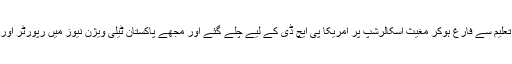
وقت کا دھارا بہتا رہا،یونیورسٹی کی تعلیم سے فارغ ہوکر مغیث اسکالرشپ پر امریکا پی ایچ ڈی کے لیے چلے گئے اور مجھے پاکستان ٹیلی ویژن نیوز میں رپورٹر اور نیوز پروڈیوسر کی ملازمت مل گئی۔